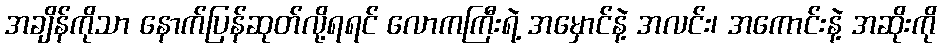
အချိန်ကိုသာ နောက်ပြန်ဆုတ်လို့ရရင် လောကကြီးရဲ့ အမှောင်နဲ့ အလင်း၊ အကောင်းနဲ့ အဆိုးကို